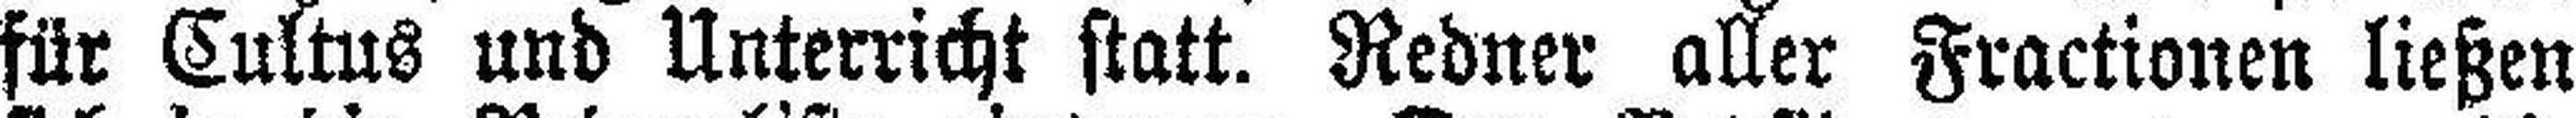
für Cultus und Unterricht statt. Redner aller Fractionen ließen